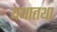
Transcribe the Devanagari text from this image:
यथातथा